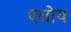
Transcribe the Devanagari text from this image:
एलोय